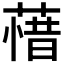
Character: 𮶲